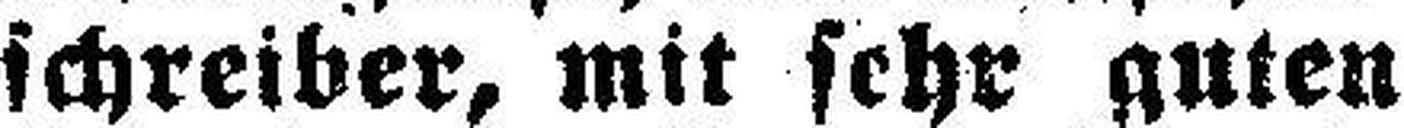
schreiber, mit sehr guten